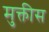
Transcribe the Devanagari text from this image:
मुक्तीस